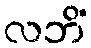
လဘိံ